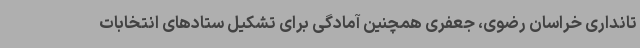
تانداری خراسان رضوی، جعفری همچنین آمادگی برای تشکیل ستادهای انتخابات